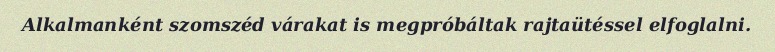
Alkalmanként szomszéd várakat is megpróbáltak rajtaütéssel elfoglalni.